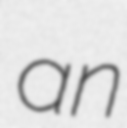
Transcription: an